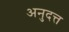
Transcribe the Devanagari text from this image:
अनुदत्त